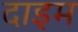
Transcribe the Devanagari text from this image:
दाइम